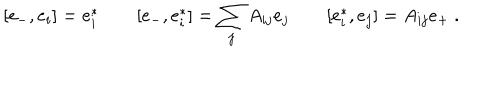
[ e _ { - } , e _ { i } ] = e _ { i } ^ { * } \qquad [ e _ { - } , e _ { i } ^ { * } ] = \sum _ { j } A _ { i j } e _ { j } \qquad [ e _ { i } ^ { * } , e _ { j } ] = A _ { i j } e _ { + } ~ .